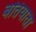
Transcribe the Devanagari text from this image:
बतियाता